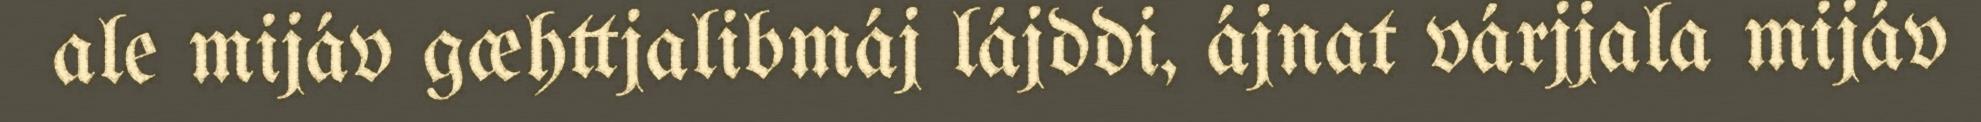
ale mijáv gæhttjalibmáj lájddi, ájnat várjjala mijáv